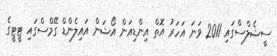
ސީޝެލްސްގައި 2011 ވަނަ އަހަރު އޮތް އިންޑިއަން އޯޝަން އައިލެންޑް ގޭމްސްގައި ޓީޓީގެ